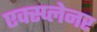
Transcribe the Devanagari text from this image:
एक्स्प्लेनर